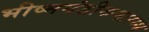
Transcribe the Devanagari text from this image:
भीष्मयंडीकमारम्भ